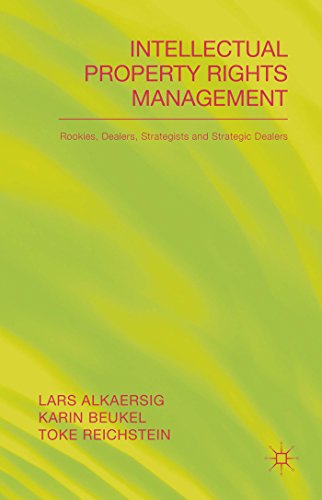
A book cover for Intellectual Property Rights Management: Rookies, Dealers and Strategists; Lars Alkaersig; Business & Money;